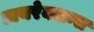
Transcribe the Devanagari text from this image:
डायरेक्शन्स